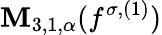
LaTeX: \mathbf{M}_{3,1,\alpha}(f^{\sigma,(1)})